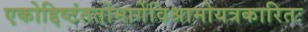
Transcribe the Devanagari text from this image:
एकोद्दिष्टंततोमार्गेविश्रामोयत्रकारितः